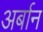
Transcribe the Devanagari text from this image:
अर्बान